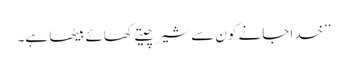
’’خدا جانے کون سے شیر چیتے کھائے بیٹھا ہے۔